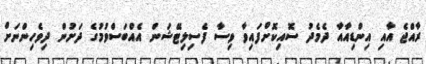
ރާއްޖެ އާއި އިންޑިއާއާ ދެމެދު ސޮއިކޮށްފައިވާ ވިސާ ފެސިލިޓޭޝަން އެއްބަސްވުމުގެ ދަށުން ދިވެހިންނަށް